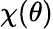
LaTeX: \chi(\theta)